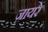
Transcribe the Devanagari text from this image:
ज़ायरे